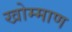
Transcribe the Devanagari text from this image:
खोम्माण